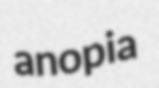
anopia